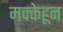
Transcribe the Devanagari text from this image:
मक्केहून